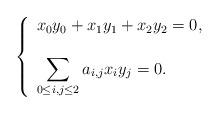
LaTeX: \begin{align*}\left\{\begin{array}{l}x_0y_0 + x_1 y_1 + x_2y_2 = 0,\\\\\displaystyle \sum_{\substack{0\le i,j \le 2}} a_{i,j}x_iy_j=0.\end{array}\right.\end{align*}